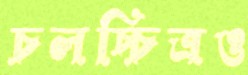
চলচ্চিত্রও